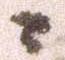
ニ